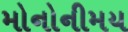
મોનોનીમય